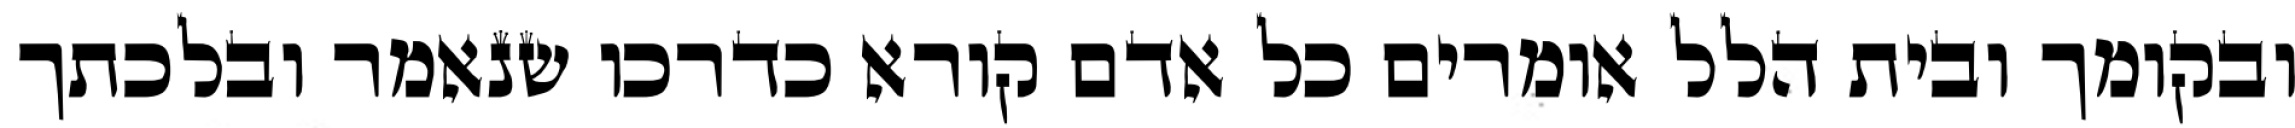
ובקומך ובית הלל אומרים כל אדם קורא כדרכו שנאמר ובלכתך